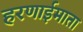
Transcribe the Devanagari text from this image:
हरणाईमाता